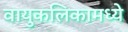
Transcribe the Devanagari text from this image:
वायुकलिकामध्ये